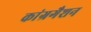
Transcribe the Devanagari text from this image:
कांग्रगैशन